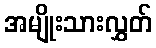
အမျိုးသားလွှတ်